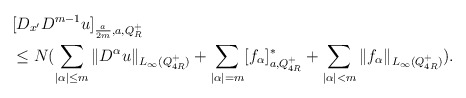
\begin{align*}&[D_{x^\prime}D^{m-1} u]_{\frac{a}{2m},a,Q_R^+}\\&\le N(\sum_{|\alpha|\le m}\|D^\alpha u\|_{L_\infty(Q_{4R}^+)}+\sum_{|\alpha|=m}[f_\alpha]_{a,Q_{4R}^+}^\ast+\sum_{|\alpha|<m}\|f_\alpha\|_{L_\infty(Q_{4R}^+)}).\end{align*}